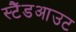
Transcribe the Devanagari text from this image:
स्टैंडआउट